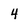
Character: 4